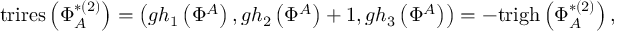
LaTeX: \mathrm { t r i r e s } \left( \Phi _ { A } ^ { * ( 2 ) } \right) = \left( g h _ { 1 } \left( \Phi ^ { A } \right) , g h _ { 2 } \left( \Phi ^ { A } \right) + 1 , g h _ { 3 } \left( \Phi ^ { A } \right) \right) = - \mathrm { t r i g h } \left( \Phi _ { A } ^ { * ( 2 ) } \right) ,